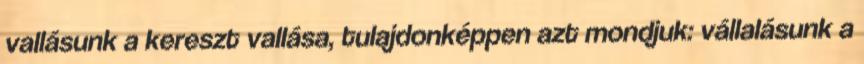
vallásunk a kereszt vallása, tulajdonképpen azt mondjuk: vállalásunk a